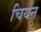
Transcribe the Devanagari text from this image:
चियन